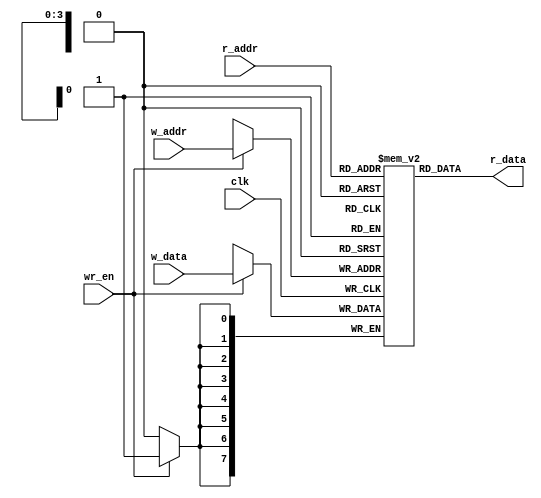
module reg_file
	#(
		parameter DATA_WIDTH = 8,	// number of bits in a word
		          ADDR_WIDTH = 4
	)
	(
		input wire clk,
		input wire wr_en,
		input wire [ADDR_WIDTH-1:0] w_addr, r_addr,
		input wire [DATA_WIDTH-1:0] w_data,
		output wire [DATA_WIDTH-1:0] r_data
	);

	// signal declaration
	reg [DATA_WIDTH-1:0] array_reg [2**ADDR_WIDTH-1:0];

	// body
	// write operation
	always @(posedge clk)
		if (wr_en)
			array_reg[w_addr] <= w_data;
	// read operation
	assign r_data =  array_reg[r_addr];
endmodule